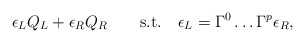
\begin{align*}\epsilon_L Q_L + \epsilon_R Q_R \qquad {\rm s.t.} \quad\epsilon_L = \Gamma^0 \ldots \Gamma^p \epsilon_R,\end{align*}